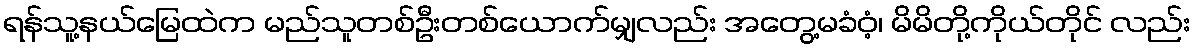
ရန်သူ့နယ်မြေထဲက မည်သူတစ်ဦးတစ်ယောက်မျှလည်း အတွေ့မခံဝံ့၊ မိမိတို့ကိုယ်တိုင် လည်း